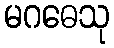
မဂဓေသု